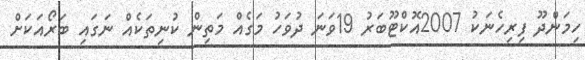
ހިމަންދޫ ފިރިހެނަކު 2007އޮކްޓޫބަރު 19ވަނަ ދުވަހު މަގެއް މަތިން ކުނިތަކެއް ނަގައި ބަރޯއަކަށް